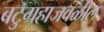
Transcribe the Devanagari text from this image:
बटुग्रहाजवळील